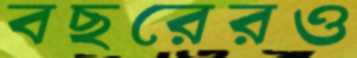
বছরেরও